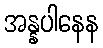
အန္နပါနေန